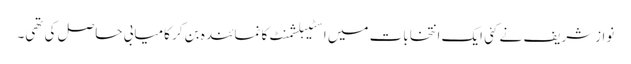
نوازشریف نے کئی ایک انتخابات میں اسٹیبلشمنٹ کا نمائندہ بن کر کامیابی حاصل کی تھی۔